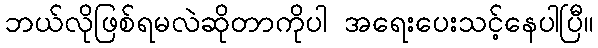
ဘယ်လိုဖြစ်ရမလဲဆိုတာကိုပါ အရေးပေးသင့်နေပါပြီ။